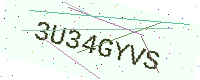
Text: 3U34GYVS